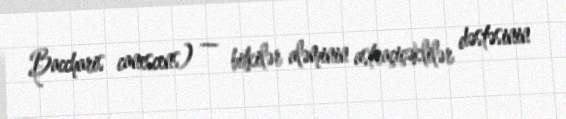
Baccharis canescens) — bitkilər aləminin astraçiçəklilər dəstəsinin